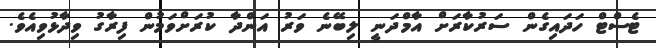
ޓެސްޓް ހަދައިގެން ސަރުކާރަށް އާމްދަނީ ލިބޭނެ ވަރު އަންދާ ކުރަށްވަމުން ފިރާގު ވިދާޅުވިއެވެ.